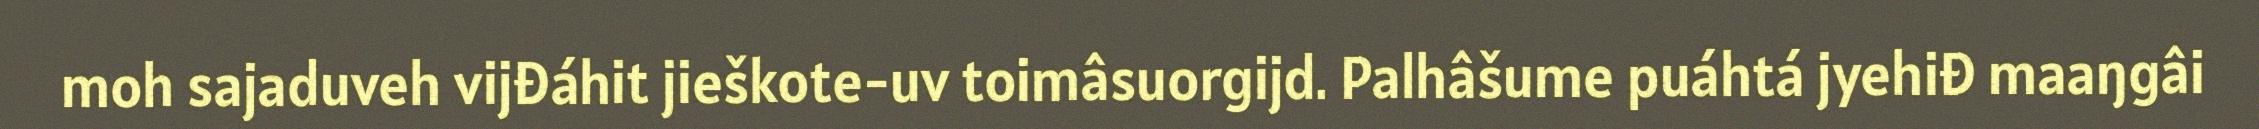
moh sajaduveh vijđáhit jieškote-uv toimâsuorgijd. Palhâšume puáhtá jyehiđ maaŋgâi